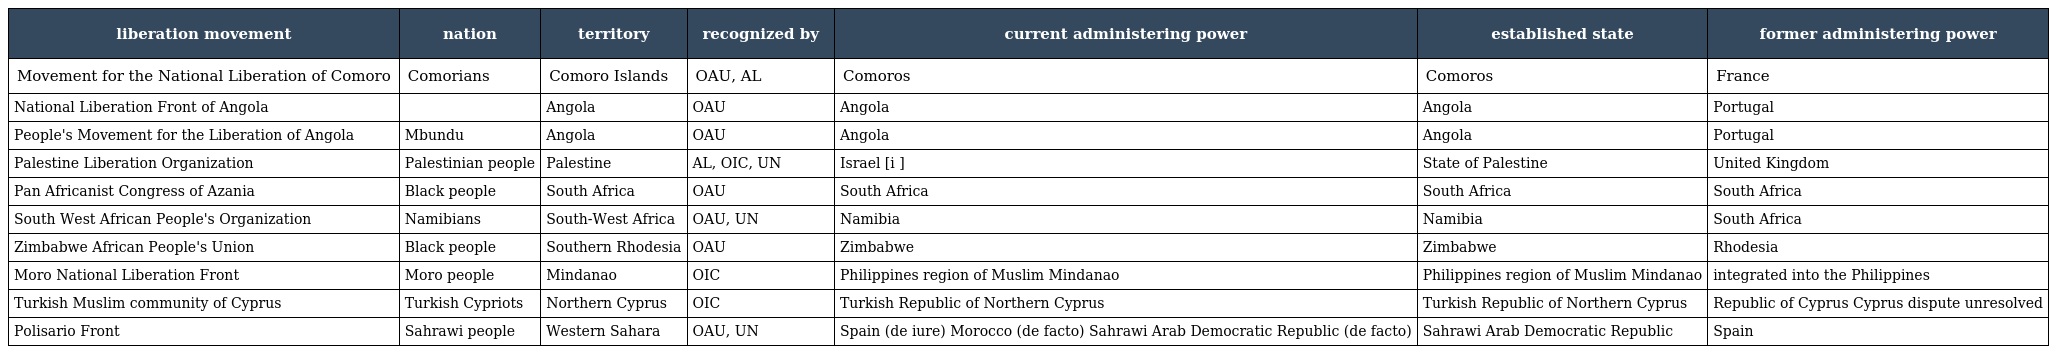
| liberation movement | nation | territory | recognized by | current administering power | established state | former administering power |
 | --- | --- | --- | --- | --- | --- | --- |
 | Movement for the National Liberation of Comoro | Comorians | Comoro Islands | OAU, AL | Comoros | Comoros | France |
 | National Liberation Front of Angola |  | Angola | OAU | Angola | Angola | Portugal |
 | People's Movement for the Liberation of Angola | Mbundu | Angola | OAU | Angola | Angola | Portugal |
 | Palestine Liberation Organization | Palestinian people | Palestine | AL, OIC, UN | Israel [i ] | State of Palestine | United Kingdom |
 | Pan Africanist Congress of Azania | Black people | South Africa | OAU | South Africa | South Africa | South Africa |
 | South West African People's Organization | Namibians | South-West Africa | OAU, UN | Namibia | Namibia | South Africa |
 | Zimbabwe African People's Union | Black people | Southern Rhodesia | OAU | Zimbabwe | Zimbabwe | Rhodesia |
 | Moro National Liberation Front | Moro people | Mindanao | OIC | Philippines region of Muslim Mindanao | Philippines region of Muslim Mindanao | integrated into the Philippines |
 | Turkish Muslim community of Cyprus | Turkish Cypriots | Northern Cyprus | OIC | Turkish Republic of Northern Cyprus | Turkish Republic of Northern Cyprus | Republic of Cyprus Cyprus dispute unresolved |
 | Polisario Front | Sahrawi people | Western Sahara | OAU, UN | Spain (de iure) Morocco (de facto) Sahrawi Arab Democratic Republic (de facto) | Sahrawi Arab Democratic Republic | Spain |